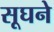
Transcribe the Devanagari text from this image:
सूघने